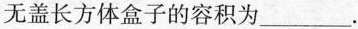
无盖长方体盒子的容积为___.